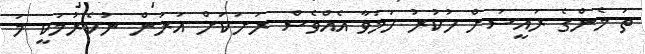
ތަ މެންގެ ރައީސަށް ހުކުރު ހަމަވާ އެއްވެސް ރަށަކަށް އަރަން ނުކެރުމަކީ މަ